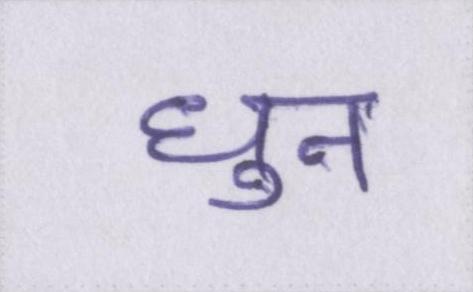
धुन